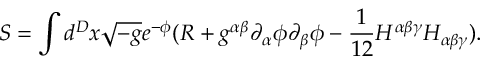
S = \int d ^ { D } x \sqrt { - g } e ^ { - \phi } ( R + g ^ { \alpha \beta } \partial _ { \alpha } \phi \partial _ { \beta } \phi - \frac 1 { 1 2 } H ^ { \alpha \beta \gamma } H _ { \alpha \beta \gamma } ) .